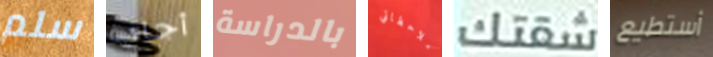
سلم أجاي بالدراسة ملاحظاتي شقتك أستطيع